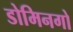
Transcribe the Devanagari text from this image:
डोमिनगो